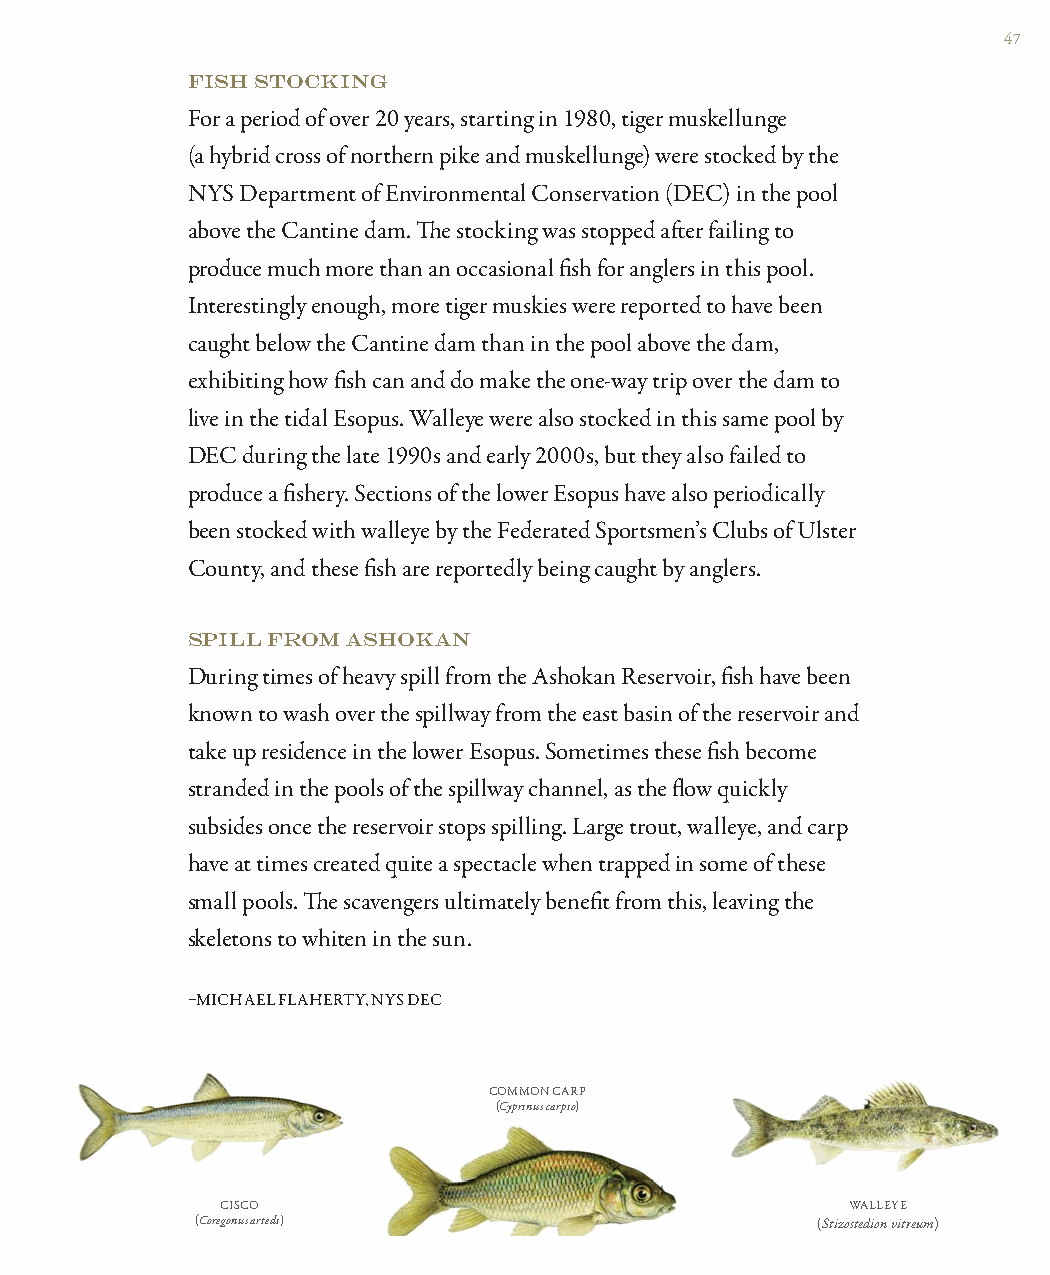
47
 FISH STOCKING
 For a period of over 20 years, starting in 1980, tiger muskellunge
 (a hybrid cross of northern pike and muskellunge) were stocked by the
 NYS Department of Environmental Conservation (DEC) in the pool
 above the Cantine dam. Th e stocking was stopped aft er failing to
 produce much more than an occasional fi sh for anglers in this pool.
 Interestingly enough, more tiger muskies were reported to have been
 caught below the Cantine dam than in the pool above the dam,
 exhibiting how fi sh can and do make the one-way trip over the dam to
 live in the tidal Esopus. Walleye were also stocked in this same pool by
 DEC during the late 1990s and early 2000s, but they also failed to
 produce a fi shery. Sections of the lower Esopus have also periodically
 been stocked with walleye by the Federated Sportsmen’s Clubs of Ulster
 County, and these fi sh are reportedly being caught by anglers.
 SPILL FROM ASHOKAN
 During times of heavy spill from the Ashokan Reservoir, fi sh have been
 known to wash over the spillway from the east basin of the reservoir and
 take up residence in the lower Esopus. Sometimes these fi sh become
 stranded in the pools of the spillway channel, as the fl ow quickly
 subsides once the reservoir stops spilling. Large trout, walleye, and carp
 have at times created quite a spectacle when trapped in some of these
 small pools. Th e scavengers ultimately benefi t from this, leaving the
 skeletons to whiten in the sun.
 –MICHAEL FLAHERTY, NYS DEC
 COMMON CARP
 (Cyprinus carpio)
 CISCO                                    WALLEYE
 (Coregonus artedi)                       (Stizostedion vitreum)
 13077 Watershed_Rev.indd Sec1:47                             5/16/11 12:58 PM